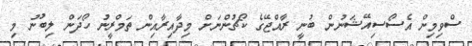
ސްވިމިން އެސޯސިއޭޝަނުން ބުނީ ރާއްޖޭގެ ކޯޗުންނަށް މިދާއިރާއިން ތަމްރީނު ހޯދަން ލިބުނު މި